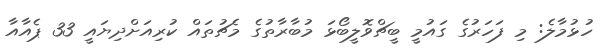
ހުޅުމާލެ: މި ފަހަރުގެ ގައުމީ ބީޗްވޮލީބޯޅަ މުބާރާތުގެ މެޗުތައް ކުރިއަށްދިޔައީ 33 ޕެއާއާ